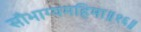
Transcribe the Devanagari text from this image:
सौभाग्यमहिमा॥१६॥